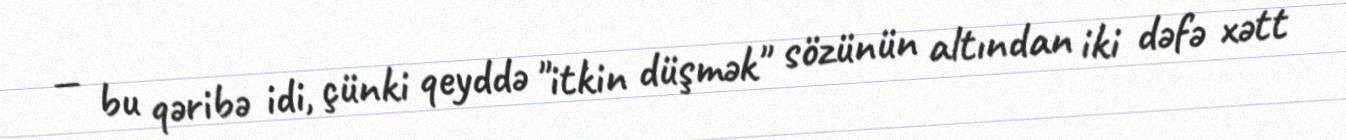
— bu qəribə idi, çünki qeyddə "itkin düşmək" sözünün altından iki dəfə xətt